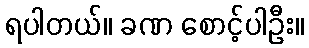
ရပါတယ်။ ခဏ စောင့်ပါဦး။